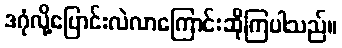
ဒဂုံလို့ပြောင်းလဲလာကြောင်းဆိုကြပါသည်။